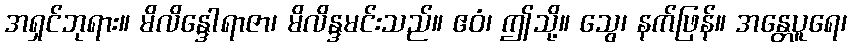
အရှင်ဘုရား။ မိလိန္ဒေါရာဇာ၊ မိလိန္ဒမင်းသည်။ ဧဝံ၊ ဤသို့။ သွေ၊ နက်ဖြန်။ အန္တေပူရေ၊